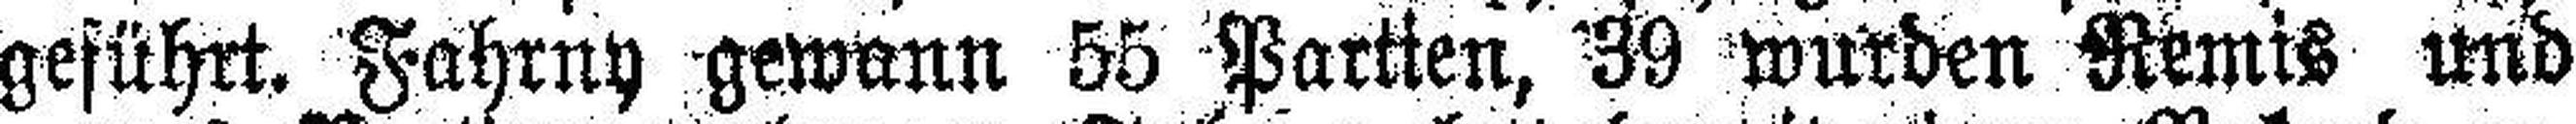
geführt. Fahrny gewann 55 Partien, 39 wurden Remis und